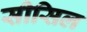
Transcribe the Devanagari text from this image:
सीसिल